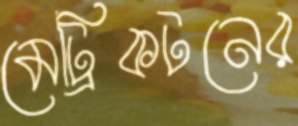
মেট্রিকটনের